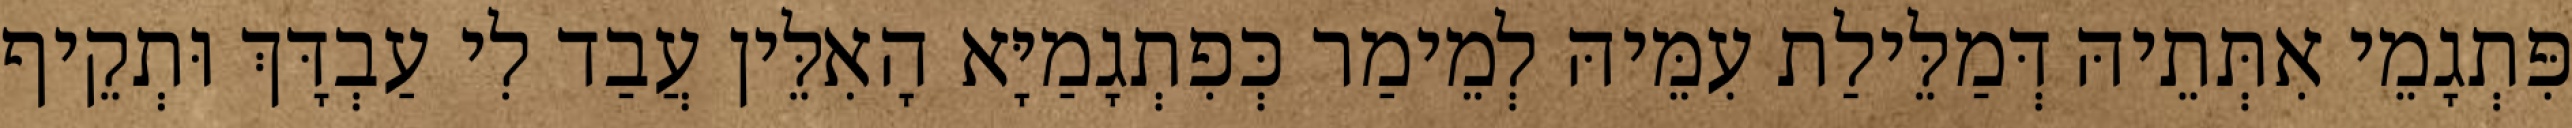
פִּתְגָמֵי אִתְּתֵיהּ דְּמַלֵּילַת עִמֵּיהּ לְמֵימַר כְּפִתְגָמַיָּא הָאִלֵּין עֲבַד לִי עַבְדָּךְ וּתְקֵיף